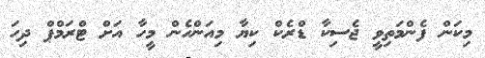
މިކަން ފެންމަތިވީ ޖެސިކާ ޑްރެކް ކިޔާ މިއަންހެން މީހާ އަށް ޓްރަމްޕް ދިހަ